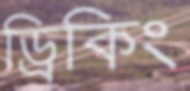
ড্রিকিং